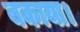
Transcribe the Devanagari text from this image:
बकाया।